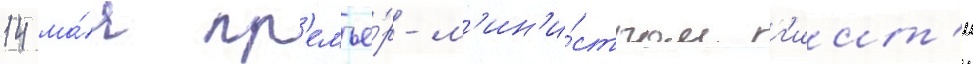
14 ма́я пр'емье́р-м'ин'и́стром г'иит'и